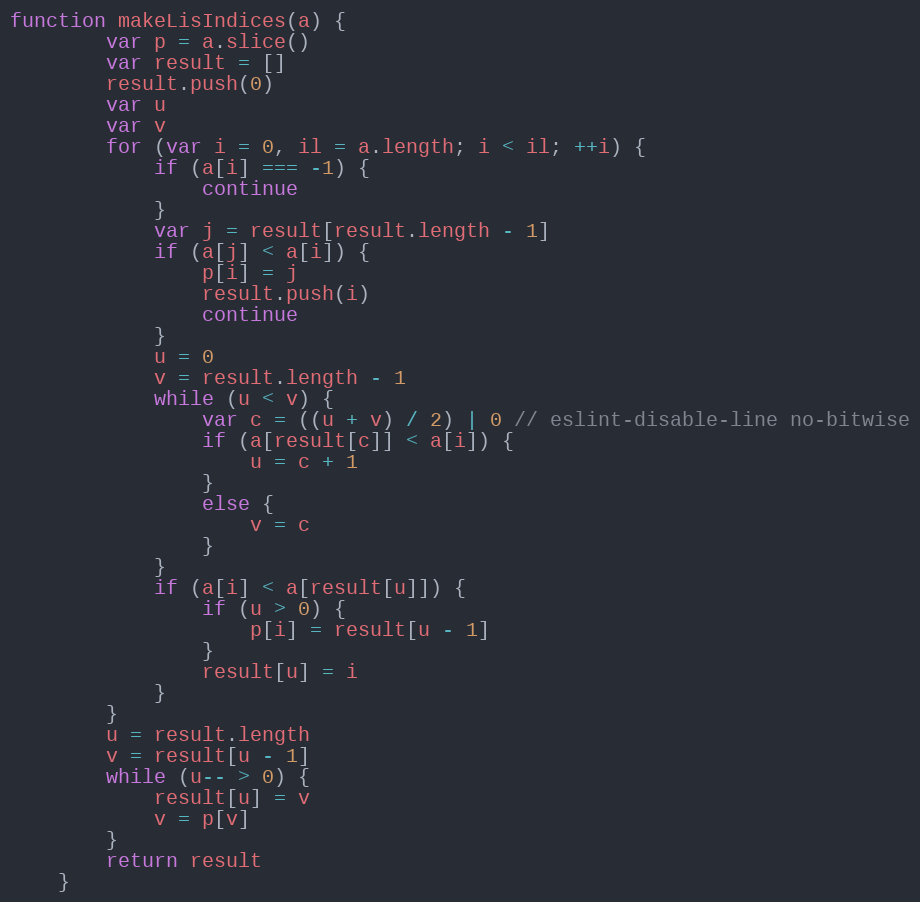
Language: JavaScript
function makeLisIndices(a) {
		var p = a.slice()
		var result = []
		result.push(0)
		var u
		var v
		for (var i = 0, il = a.length; i < il; ++i) {
			if (a[i] === -1) {
				continue
			}
			var j = result[result.length - 1]
			if (a[j] < a[i]) {
				p[i] = j
				result.push(i)
				continue
			}
			u = 0
			v = result.length - 1
			while (u < v) {
				var c = ((u + v) / 2) | 0 // eslint-disable-line no-bitwise
				if (a[result[c]] < a[i]) {
					u = c + 1
				}
				else {
					v = c
				}
			}
			if (a[i] < a[result[u]]) {
				if (u > 0) {
					p[i] = result[u - 1]
				}
				result[u] = i
			}
		}
		u = result.length
		v = result[u - 1]
		while (u-- > 0) {
			result[u] = v
			v = p[v]
		}
		return result
	}